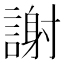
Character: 謝